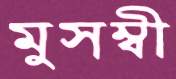
মুসম্বী